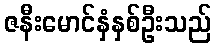
ဇနီးမောင်နှံနှစ်ဦးသည်